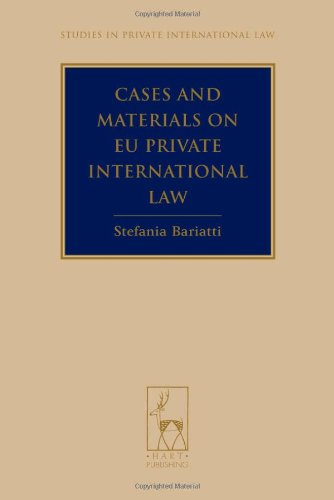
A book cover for Cases and Materials on EU Private International Law (Studies in Private International Law); Stefania Bariatti; Law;